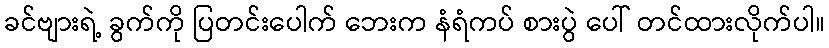
ခင်ဗျားရဲ့ ခွက်ကို ပြတင်းပေါက် ဘေးက နံရံကပ် စားပွဲ ပေါ် တင်ထားလိုက်ပါ။